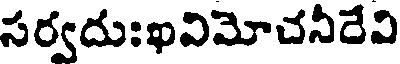
సర్వదుఃఖవిమోచనీదేవి